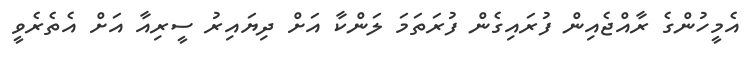
އެމީހުންގެ ރާއްޖެއިން ފުރައިގެން ފުރަތަމަ ލަންކާ އަށް ދިޔައިރު ސީރިއާ އަށް އެތެރެވީ